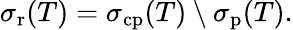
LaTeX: \sigma_{\mathrm{r}}(T)=\sigma_{\mathrm{cp}}(T)\setminus\sigma_{\mathrm{p}}(T).